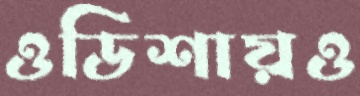
ওডিশায়ও